Vaccination United Provinces of Agra and Oudh 1923-1928 - 1923-1928
Year: 1923
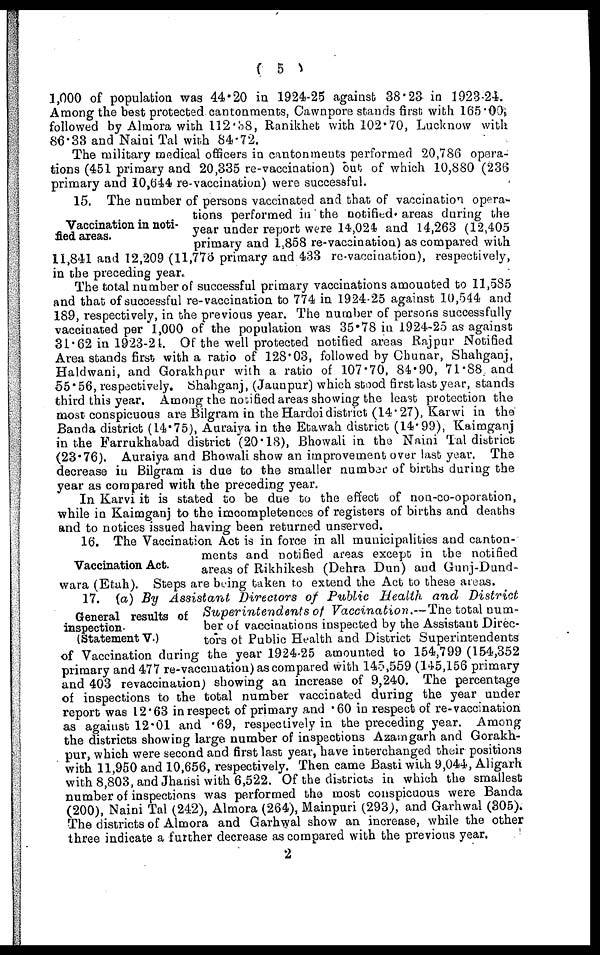
( 5 )
1,000 of population was 44.20 in 1924-25 against 38.23 in 1923-24.
Among the best protected cantonments, Cawnpore stands first with 165.00
followed by Almora with 112.38, Ranikhet with 102.70, Lucknow with
86.33 and Naini Tal with 84.72.
The military medical officers in cantonments performed 20,786 opera-
tions (451 primary and 20,335 re-vaccination) but of which 10,880 (236
primary and 10,644 re-vaccination) were successful.
Vaccination in noti-
fied areas.
15. The number of persons vaccinated and that of vaccination opera-
tions performed in the notified areas during the
year under report were 14,024 and 14,263 (12,405
primary and 1,858 re-vaccination) as compared with
11,841 and 12,209(11,776 primary and 433 re-vaccination), respectively,
in the preceding year.
The total number of successful primary vaccinations amounted to 11,585
and that of successful re-vaccination to 774 in 1924-25 against 10,544 and
189, respectively, in the previous year. The number of persons successfully
vaccinated per 1,000 of the population was 35.78 in 1924-25 as against
31.62 in 1923-24. Of the well protected notified areas Rajpur Notified
Area stands first with a ratio of 128.03, followed by Chunar, Shahganj,
Haldwani, and Gorakhpur with a ratio of 107.70, 84.90, 71.88, and
55.56, respectively. Shahganj, (Jaunpur) which stood first last year, stands
third this year. Among the notified areas showing the least protection the
most conspicuous are Bilgram in the Hardoi district (14.27), Karwi in the
Banda district (14.75), Auraiya in the Etawah district (14.99), Kaimganj
in the Farrukhabad district (20.18), Bhowali in the Naini Tal district
(23.76). Auraiya and Bhowali show an improvement over last year. The
decrease in Bilgram is due to the smaller number of births during the
year as compared with the preceding year.
In Karvi it is stated to be due to the effect of non-co-operation,
while in Kaimganj to the imcompletences of registers of births and deaths
and to notices issued having been returned unserved.
Vaccination Act.
16. The Vaccination Act is in force in all municipalities and canton-
ments and notified areas except in the notified
areas of Rikhikesh (Dehra Dun) and Gunj-Dund¬
wara (Etah). Steps are being taken to extend the Act to these areas.
General results of
inspection.
(Statement V.)
17. (a) By Assistant Directors of Public Health and
District
Superintendents
of Vaccination.—The total num-
ber of vaccinations inspected by the Assistant Direc-
tors of Public Health and District Superintendents
of Vaccination during the year 1924-25 amounted to 154,799 (154,352
primary and 477 re-vaccination) as compared with 145,559 (145,156 primary
and 403 revaccination) showing an increase of 9,240. The percentage
of inspections to the total number vaccinated during the year under
report was 12.63 in respect of primary and .60 in respect of re-vaccination
as against 12.01 and .69, respectively in the preceding year. Among
the districts showing large number of inspections Azamgarh and Gorakh-
pur, which were second and first last year, have interchanged their positions
with 11,950 and 10,656, respectively. Then came Basti with 9,044, Aligarh
with 8,803, and Jhansi with 6,522. Of the districts in which the smallest
number of inspections was performed the most conspicuous were Banda
(200), Naini Tal (242), Almora (264), Mainpuri (293), and Garhwal (305).
The districts of Almora and Garhwal show an increase, while the other
three indicate a further decrease as compared with the previous year.
2